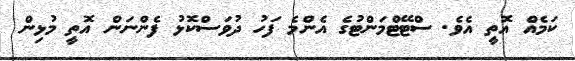
ކަމެއް އޮތީ އެވެ. ސްޓޭޓްމަންޓުގެ އެންމެ ފަހު ދުވަސްކޮޅު ފެންނަން އޮތީ މުޅިން